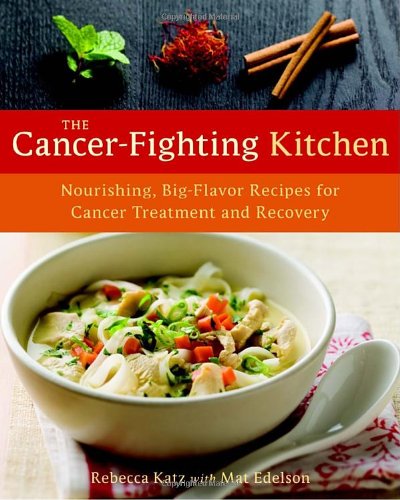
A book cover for The Cancer-Fighting Kitchen: Nourishing, Big-Flavor Recipes for Cancer Treatment and Recovery; Rebecca Katz; Cookbooks, Food & Wine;